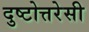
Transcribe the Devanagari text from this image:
दुष्टोत्तरेसी